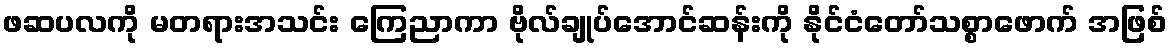
ဖဆပလကို မတရားအသင်း ကြေညာကာ ဗိုလ်ချုပ်အောင်ဆန်းကို နိုင်ငံတော်သစ္စာဖောက် အဖြစ်